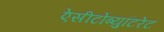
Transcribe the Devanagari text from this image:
ऐसीटोब्युटिरेट